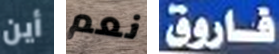
أين نعم فاروق